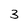
Character: 3